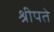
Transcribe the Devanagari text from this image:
श्रीपते